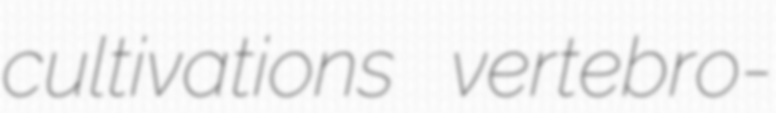
cultivations vertebro-